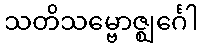
သတိသမ္ဗောဇ္ဈင်္ဂေါ